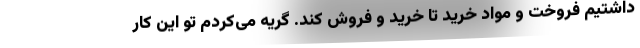
داشتیم فروخت و مواد خرید تا خرید و فروش کند. گریه می‌کردم تو این کار